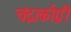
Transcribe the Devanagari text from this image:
चंद्रार्काग्नी